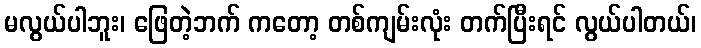
မလွယ်ပါဘူး၊ ဖြေတဲ့ဘက် ကတော့ တစ်ကျမ်းလုံး တက်ပြီးရင် လွယ်ပါတယ်၊